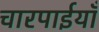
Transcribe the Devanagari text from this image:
चारपाईयाँ